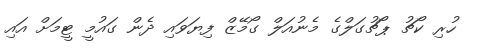
ހުރި ކޯޗު ޕޯޗުގަލްގެ މެނުއަލް ގޯމޭޒް ފިޔަވައި ދެން ގައުމީ ޓީމަށް އައި